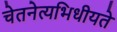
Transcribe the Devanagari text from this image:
चेतनेत्यभिधीयते